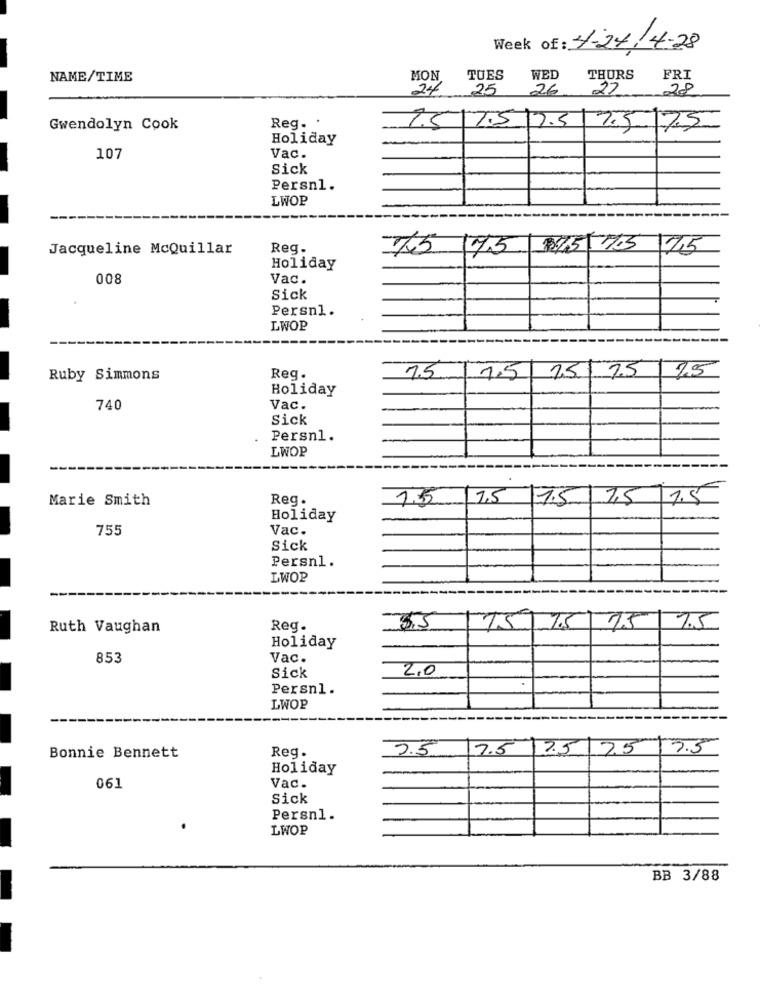
Week of : 4-27.4-28
NAME/TIME
MON
TUES
WED
THURS
FRI
24
25
26
27
28
Gwendolyn Cook
Reg. .
2.5|7.5 |7.5| 7.5 75
Holiday
107
Vac.
Sick
Persn1.
LWOP
Jacqueline McQuillar
Reg.
75
175
2/5/705 /75
Holiday
008
Vac.
Sick
Persnl.
LWOP
15 75 25
Ruby Simmons
Reg.
1.5
1.5
Holiday
740
Vac.
Sick
Persn1.
LWOP
Marie Smith
Reg.
1.55
1.5
15 75 75
Holiday
755
Vac.
Sick
Persnl.
LWOP
Ruth Vaughan
Reg.
3,5
75/7.5
75
7.5
Holiday
853
Vac.
2,0
Sick
Persnl.
LWOP
Reg.
9.5
7.5
125 7.5
7.5
Bonnie Bennett
Holiday
061
Vac.
Sick
Persnl.
LWOP
BB 3/88